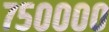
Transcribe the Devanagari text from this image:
७५००००